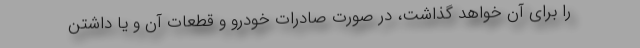
را برای آن خواهد گذاشت، در صورت صادرات خودرو و قطعات آن و یا داشتن